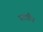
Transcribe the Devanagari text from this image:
प्राछीन